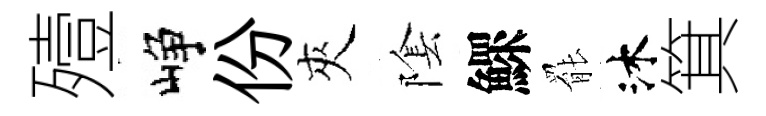
殪峥份夾隂鰥罷沐箕